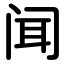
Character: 闻